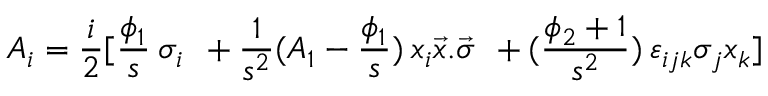
A _ { i } = \frac { i } { 2 } [ \frac { \phi _ { 1 } } { s } \: \sigma _ { i } \: \: + \frac { 1 } { s ^ { 2 } } ( A _ { 1 } - \frac { \phi _ { 1 } } { s } ) \: x _ { i } \vec { x } . \vec { \sigma } \: \: + ( \frac { \phi _ { 2 } + 1 } { s ^ { 2 } } ) \: \varepsilon _ { i j k } \sigma _ { j } x _ { k } ]